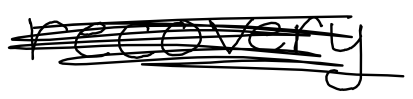
Text: recovery
Cross-out: scratch
Writing tool: digital_black